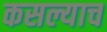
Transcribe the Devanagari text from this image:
कसल्याच